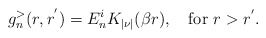
\begin{align*}g^{>}_{n}(r,r^{'})=E_n^{i}K_{|\nu|}(\beta r), \quad \hbox{for $r>r^{'}$.}\end{align*}